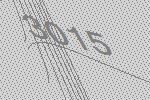
3015